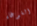
الغوغاء